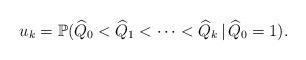
LaTeX: \begin{align*}u_k = \mathbb{P}( \widehat{Q}_0 < \widehat{Q}_1 < \cdots < \widehat{Q}_k \,|\, \widehat{Q}_0 = 1 ).\end{align*}